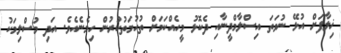
ޚިލާފަށް އުޅޭ ނުވަތަ އިސްލާމްދީނާއި ދެކޮޅު މީހެއްކަމަށް ތުހުމަތުކުރުން ހިމެނެއެވެ. އަދި މުސްލިމަކު